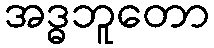
အဒ္ဓဘူတော